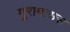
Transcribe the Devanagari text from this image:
मुरामासस